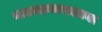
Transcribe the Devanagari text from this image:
नाट्यप्रकारातल्या